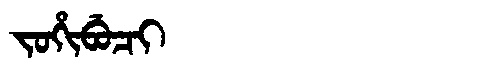
Manchu: ᠵᠣᡥᡳᠪᡠᠴᡳ
Romanization: JOHIBUCI